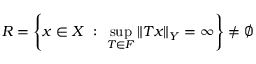
R = \left\{ x \in X \ : \ \sup _ { T \in F } \| T x \| _ { Y } = \infty \right\} \neq \varnothing